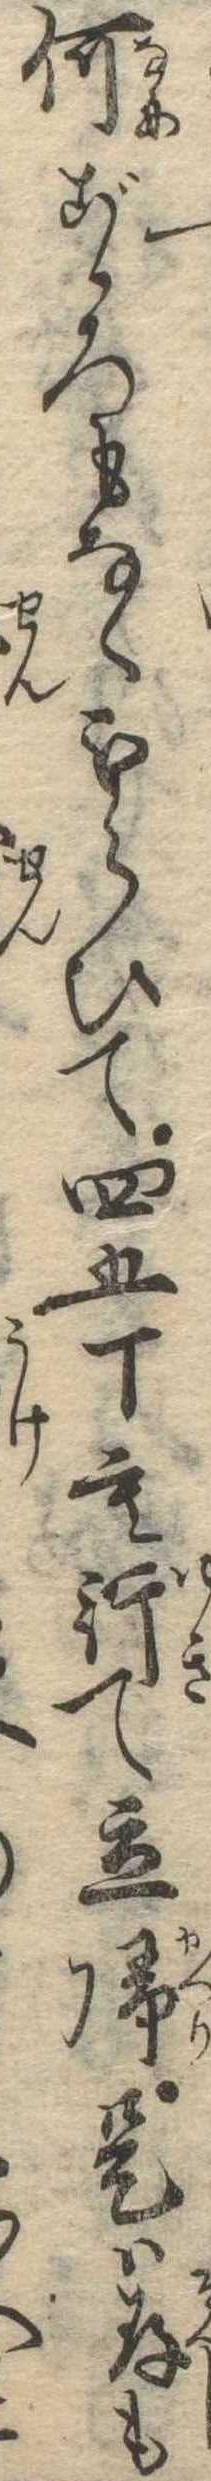
何ごゝろもなくもらひて四五丁も行て立帰是は存も